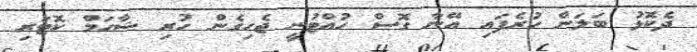
ދެކޮޅު ބަލަން ހުރެފައި އޭނާ ގޮސް ހުއްޓުނީ ޖެހިގެން ހުރި ޝާހަމް ކޮޓަރި